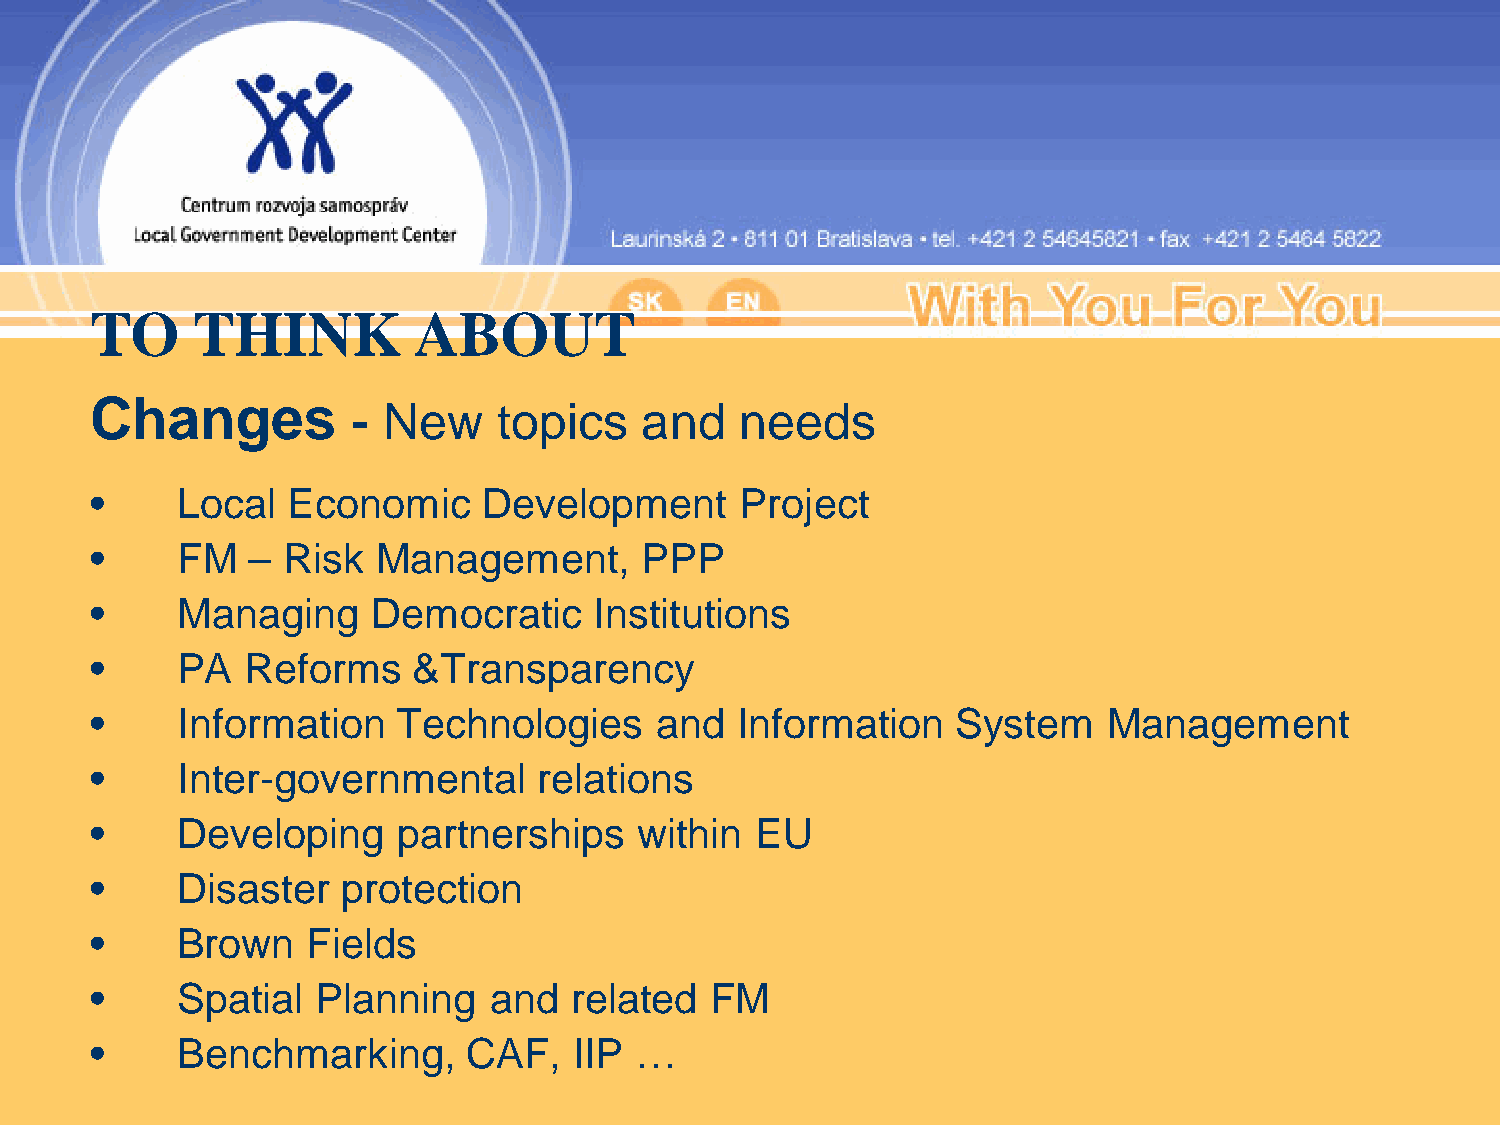
TO     THINK         ABOUT
 Changes          - New     topics   and    needs
 •     Local  Economic     Development      Project
 •     FM  –  Risk  Management,      PPP
 •     Managing     Democratic    Institutions
 •     PA  Reforms    &Transparency
 •     Information   Technologies     and   Information   System    Management
 •     Inter-governmental      relations
 •     Developing    partnerships    within  EU
 •     Disaster   protection
 •     Brown   Fields
 •     Spatial  Planning   and   related  FM
 •     Benchmarking,      CAF,   IIP …